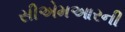
સીએમઆરની